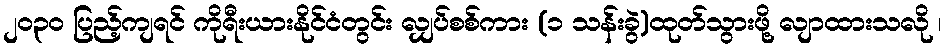
၂၀၃၀ ပြည့်ကျရင် ကိုရီးယားနိုင်ငံတွင်း လျှပ်စစ်ကား (၁ သန်းခွဲ)ထုတ်သွားဖို့ လျာထားသလို ၊